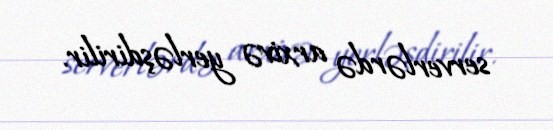
serverlərdə arxivə yerləşdirilir.